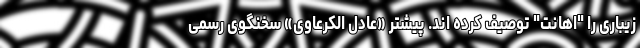
زیباری را "اهانت" توصیف کرده اند. پیشتر «عادل الکرعاوی» سخنگوی رسمی